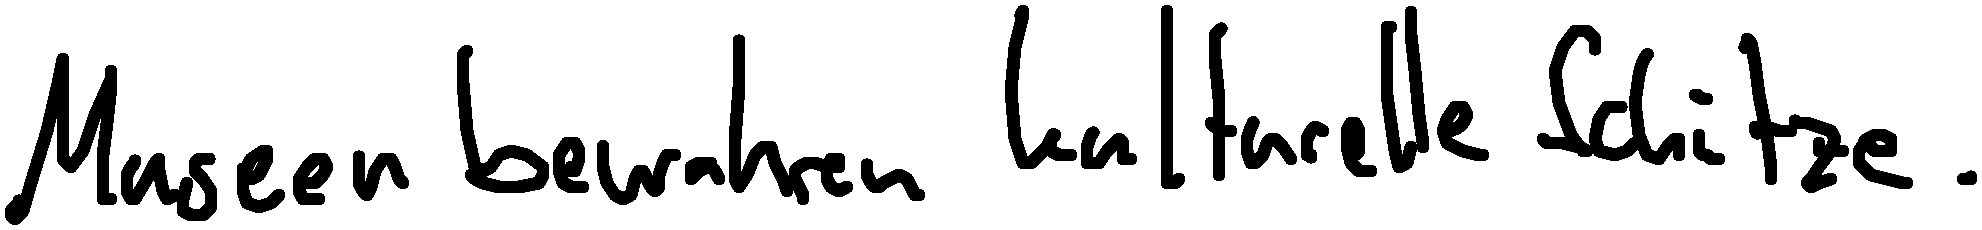
Museen bewahren kulturelle Schätze.